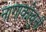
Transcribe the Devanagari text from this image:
नागाकोवुनी